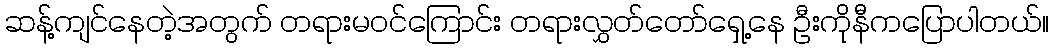
ဆန့်ကျင်နေတဲ့အတွက် တရားမဝင်ကြောင်း တရားလွှတ်တော်ရှေ့နေ ဦးကိုနီကပြောပါတယ်။